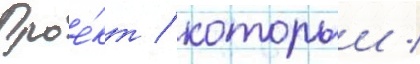
Прое́кт / которыи /